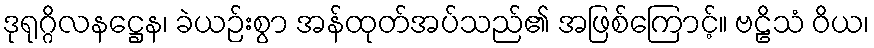
ဒုရုဂ္ဂိလနဋ္ဌေန၊ ခဲယဉ်းစွာ အန်ထုတ်အပ်သည်၏ အဖြစ်ကြောင့်။ ဗဠိသံ ဝိယ၊